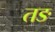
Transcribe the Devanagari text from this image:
तङ